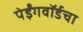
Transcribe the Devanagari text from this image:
पेईंगवॉर्डचा